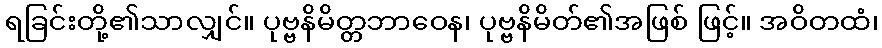
ရခြင်းတို့၏သာလျှင်။ ပုဗ္ဗနိမိတ္တဘာဝေန၊ ပုဗ္ဗနိမိတ်၏အဖြစ် ဖြင့်။ အဝိတထံ၊